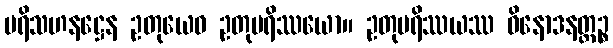
ပရိသဟနဋ္ဌေန ဥတုယေဝ ဥတုပရိဿယော။ ဥတုပရိဿယဿ ဝိနောဒနတ္ထဉ္စ